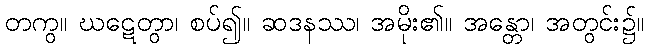
တကွ။ ဃဋေတွာ၊ စပ်၍။ ဆဒနဿ၊ အမိုး၏။ အန္တော၊ အတွင်း၌။